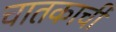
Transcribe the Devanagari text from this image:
चातकाची